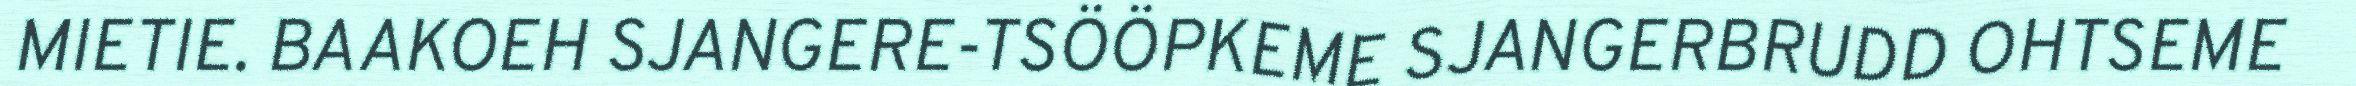
MIETIE. BAAKOEH SJANGERE-TSÖÖPKEME SJANGERBRUDD OHTSEME